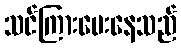
သင်ကြားပေးနေသည်